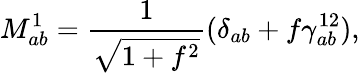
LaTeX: M_{ab}^{1}=\frac{1}{\sqrt{1+f^{2}}}(\delta_{ab}+f\gamma_{ab}^{12}),